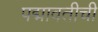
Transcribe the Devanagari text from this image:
पद्मावतीची